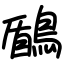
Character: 鶞